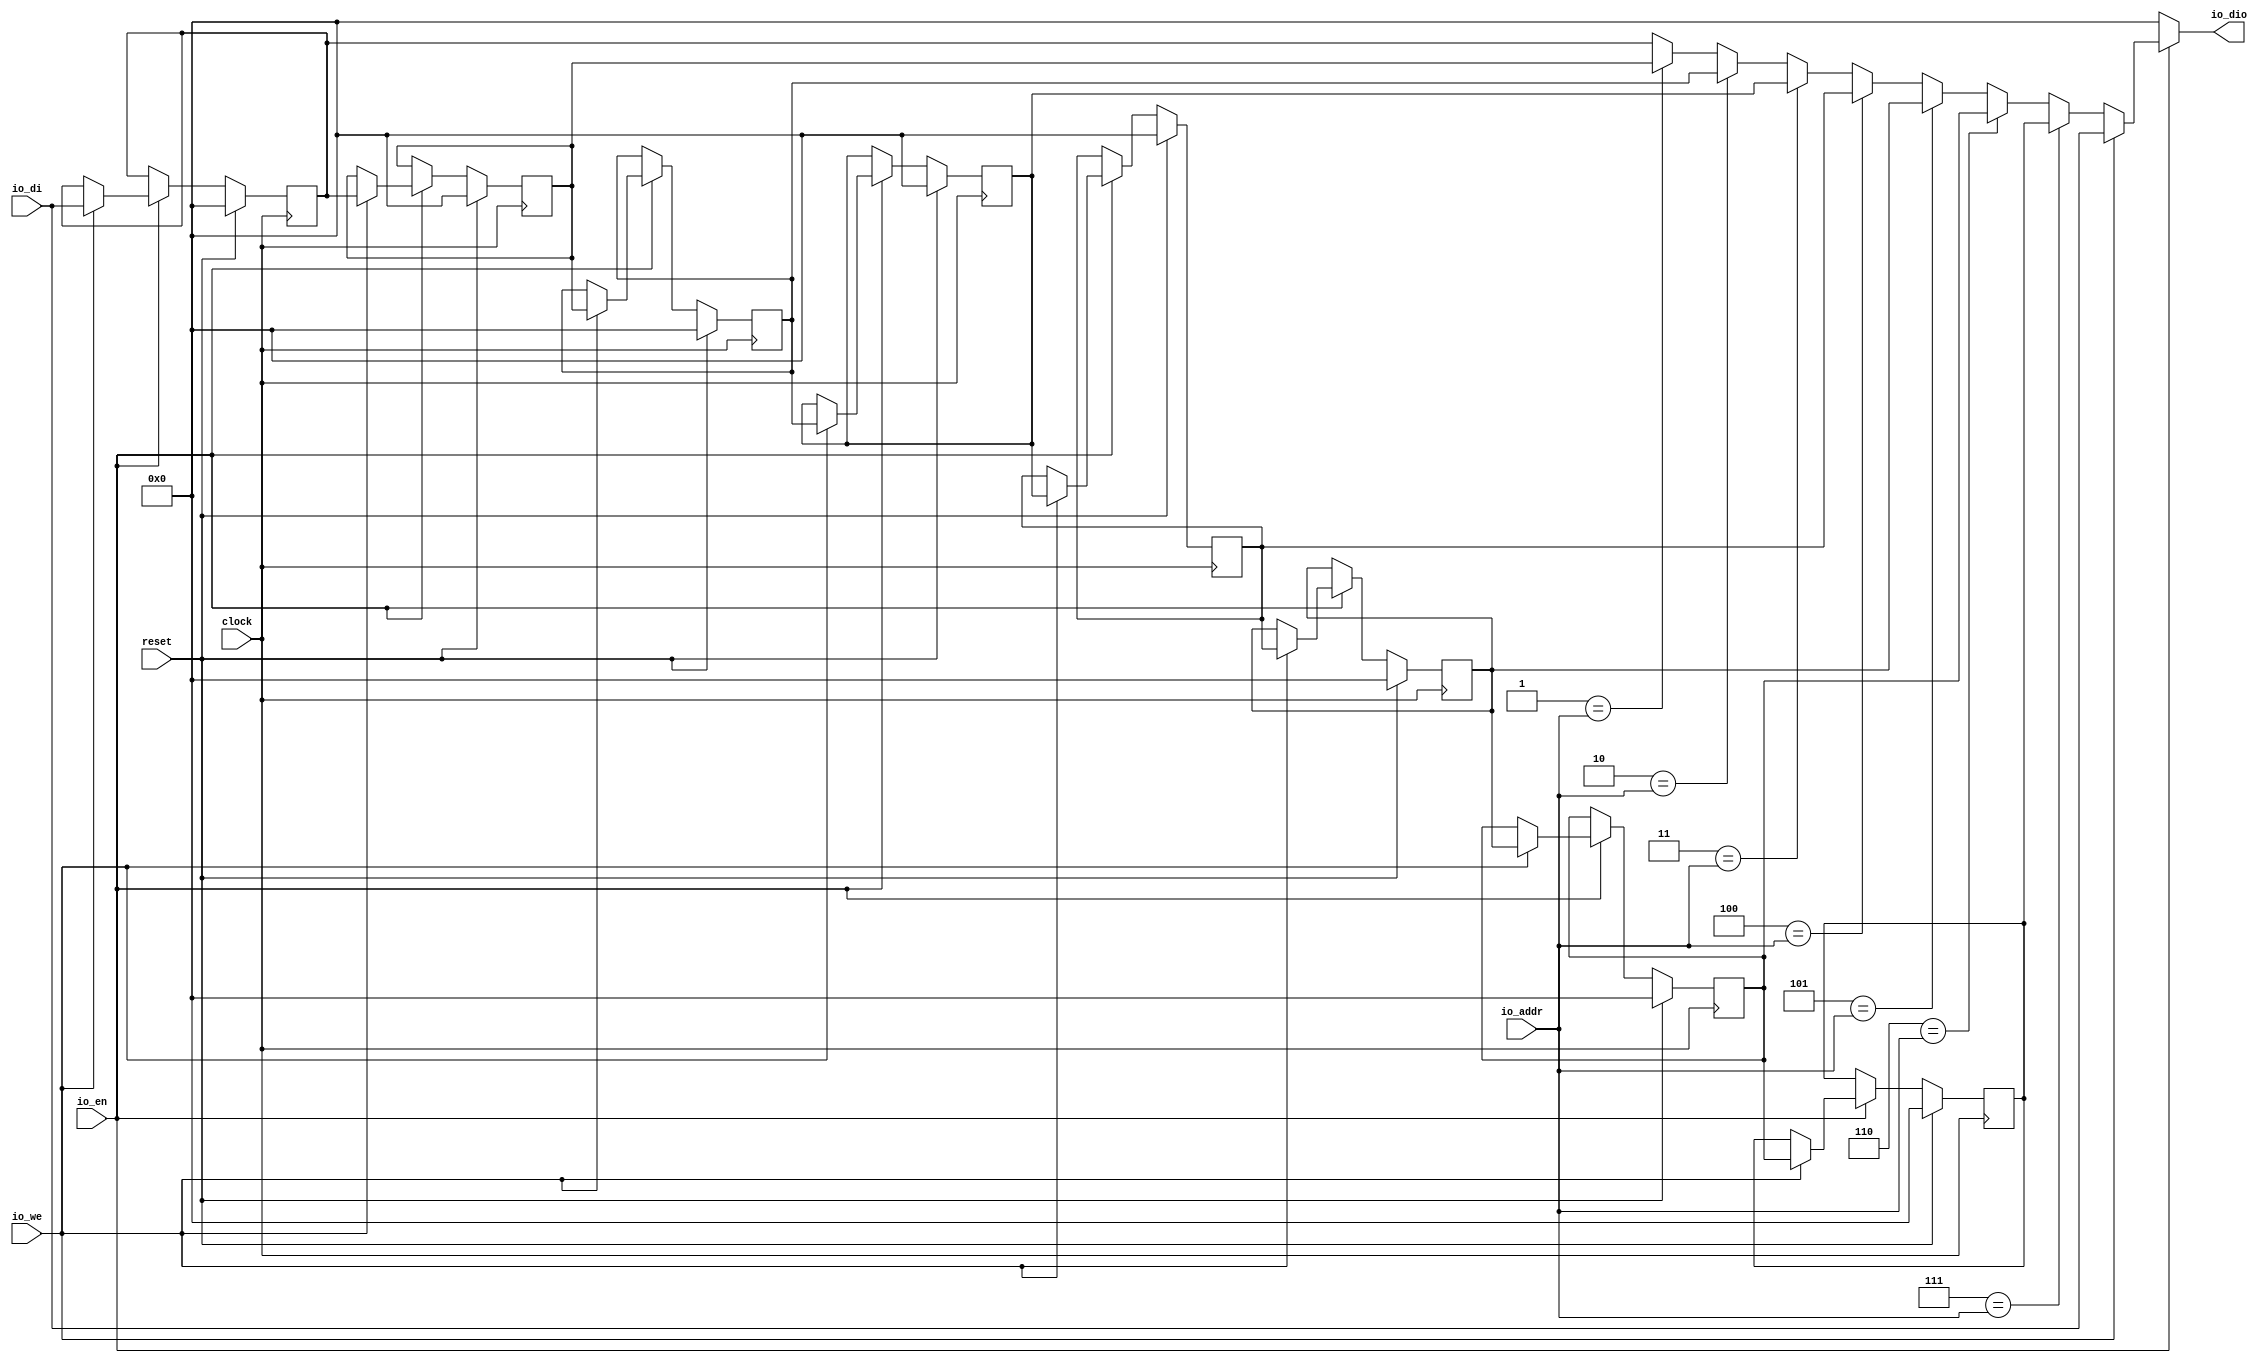
module ram(
  input        clock,
  input        reset,
  input        io_we,
  input        io_en,
  input  [2:0] io_addr,
  input  [7:0] io_di,
  output [7:0] io_dio
);
  reg [7:0] ram_0; // @[ram.scala 17:20]
  reg [7:0] ram_1; // @[ram.scala 17:20]
  reg [7:0] ram_2; // @[ram.scala 17:20]
  reg [7:0] ram_3; // @[ram.scala 17:20]
  reg [7:0] ram_4; // @[ram.scala 17:20]
  reg [7:0] ram_5; // @[ram.scala 17:20]
  reg [7:0] ram_6; // @[ram.scala 17:20]
  reg [7:0] ram_7; // @[ram.scala 17:20]
  wire [7:0] _GEN_1 = 3'h1 == io_addr ? ram_1 : ram_0; // @[ram.scala 31:{14,14}]
  wire [7:0] _GEN_2 = 3'h2 == io_addr ? ram_2 : _GEN_1; // @[ram.scala 31:{14,14}]
  wire [7:0] _GEN_3 = 3'h3 == io_addr ? ram_3 : _GEN_2; // @[ram.scala 31:{14,14}]
  wire [7:0] _GEN_4 = 3'h4 == io_addr ? ram_4 : _GEN_3; // @[ram.scala 31:{14,14}]
  wire [7:0] _GEN_5 = 3'h5 == io_addr ? ram_5 : _GEN_4; // @[ram.scala 31:{14,14}]
  wire [7:0] _GEN_6 = 3'h6 == io_addr ? ram_6 : _GEN_5; // @[ram.scala 31:{14,14}]
  wire [7:0] _GEN_7 = 3'h7 == io_addr ? ram_7 : _GEN_6; // @[ram.scala 31:{14,14}]
  wire [7:0] _GEN_16 = io_we ? io_di : _GEN_7; // @[ram.scala 26:25 29:14 31:14]
  assign io_dio = io_en ? _GEN_16 : 8'h0; // @[ram.scala 25:23 34:12]
  always @(posedge clock) begin
    if (reset) begin // @[ram.scala 17:20]
      ram_0 <= 8'h0; // @[ram.scala 17:20]
    end else if (io_en) begin // @[ram.scala 25:23]
      if (io_we) begin // @[ram.scala 26:25]
        ram_0 <= io_di; // @[ram.scala 28:14]
      end
    end
    if (reset) begin // @[ram.scala 17:20]
      ram_1 <= 8'h0; // @[ram.scala 17:20]
    end else if (io_en) begin // @[ram.scala 25:23]
      if (io_we) begin // @[ram.scala 26:25]
        ram_1 <= ram_0; // @[ram.scala 27:34]
      end
    end
    if (reset) begin // @[ram.scala 17:20]
      ram_2 <= 8'h0; // @[ram.scala 17:20]
    end else if (io_en) begin // @[ram.scala 25:23]
      if (io_we) begin // @[ram.scala 26:25]
        ram_2 <= ram_1; // @[ram.scala 27:34]
      end
    end
    if (reset) begin // @[ram.scala 17:20]
      ram_3 <= 8'h0; // @[ram.scala 17:20]
    end else if (io_en) begin // @[ram.scala 25:23]
      if (io_we) begin // @[ram.scala 26:25]
        ram_3 <= ram_2; // @[ram.scala 27:34]
      end
    end
    if (reset) begin // @[ram.scala 17:20]
      ram_4 <= 8'h0; // @[ram.scala 17:20]
    end else if (io_en) begin // @[ram.scala 25:23]
      if (io_we) begin // @[ram.scala 26:25]
        ram_4 <= ram_3; // @[ram.scala 27:34]
      end
    end
    if (reset) begin // @[ram.scala 17:20]
      ram_5 <= 8'h0; // @[ram.scala 17:20]
    end else if (io_en) begin // @[ram.scala 25:23]
      if (io_we) begin // @[ram.scala 26:25]
        ram_5 <= ram_4; // @[ram.scala 27:34]
      end
    end
    if (reset) begin // @[ram.scala 17:20]
      ram_6 <= 8'h0; // @[ram.scala 17:20]
    end else if (io_en) begin // @[ram.scala 25:23]
      if (io_we) begin // @[ram.scala 26:25]
        ram_6 <= ram_5; // @[ram.scala 27:34]
      end
    end
    if (reset) begin // @[ram.scala 17:20]
      ram_7 <= 8'h0; // @[ram.scala 17:20]
    end else if (io_en) begin // @[ram.scala 25:23]
      if (io_we) begin // @[ram.scala 26:25]
        ram_7 <= ram_6; // @[ram.scala 27:34]
      end
    end
  end
endmodule